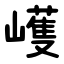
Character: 㠛